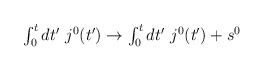
\begin{align*}\mbox{$\int_0^tdt'~j^0(t')\to\int_0^tdt'~j^0(t')+s^0$}\end{align*}